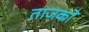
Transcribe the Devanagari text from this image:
ताजकों